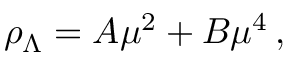
\rho _ { \Lambda } = A \mu ^ { 2 } + B \mu ^ { 4 } \, ,